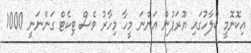
އިކޮނޮމީ ކްލާހުގައި ޔޫރަޕުން އަންނަ މީހާ މިހާރު ވެސް ޓިކެޓް ގަންނަނީ 1000